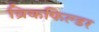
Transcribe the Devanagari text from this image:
ब्रिकफिल्डर